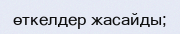
өткелдер жасайды;